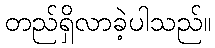
တည်ရှိလာခဲ့ပါသည်။